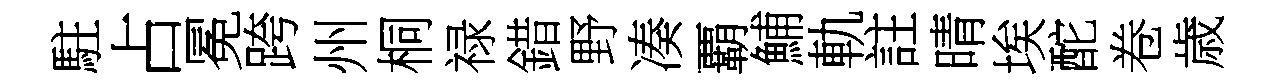
駐占冕跨州桐禄錯野凑覇鯆軌註晴埃酡卷歳